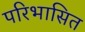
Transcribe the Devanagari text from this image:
परिभासित